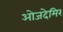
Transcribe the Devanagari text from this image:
ओजदेमिर